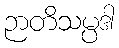
ဉာတိသမ္ပဒါ